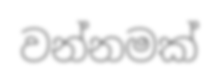
වන්නමක්